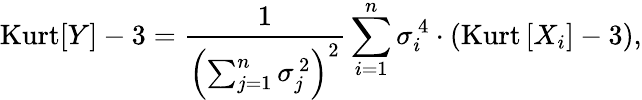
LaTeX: \operatorname{Kurt}[Y]-3={\frac{1}{\left(\sum_{j=1}^{n}\sigma_{j}^{\, 2}\right)^{2}}}\sum_{i=1}^{n}\sigma_{i}^{\, 4}\cdot\left(\operatorname{Kurt}\left[X_{i}\right]-3\right),